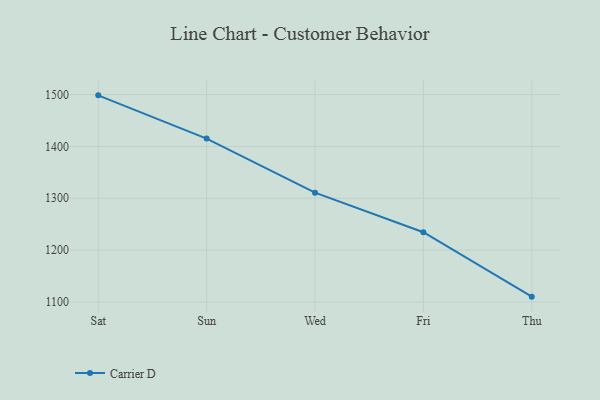
{"axis": {"x": "Day", "y": "Active Users"}, "legend": ["Carrier D"], "data": [{"x": "Sat", "y": 1498.5, "type": "Carrier D"}, {"x": "Sun", "y": 1415.2, "type": "Carrier D"}, {"x": "Wed", "y": 1310.8, "type": "Carrier D"}, {"x": "Fri", "y": 1234.5, "type": "Carrier D"}, {"x": "Thu", "y": 1110.3, "type": "Carrier D"}]}